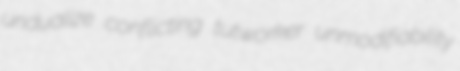
undualize conflicting tutworker unmodifiability